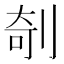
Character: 剞